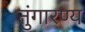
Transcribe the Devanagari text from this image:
तुंगारण्य